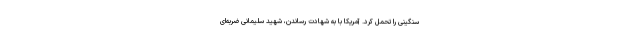
سنگینی را تحمل کرد. آمریکا با به شهادت رساندن، شهید سلیمانی ضربه‌ای